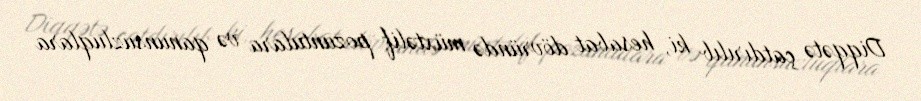
Diqqətə çatdırılıb ki, hesabat dövründə müxtəlif pozuntulara və qanunsuzluqlara